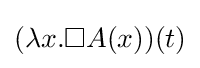
(\lambda x.\Box A(x))(t)